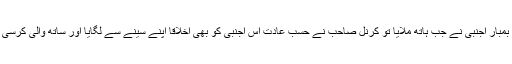
خود کش بمبار اجنبی نے جب ہاتھ ملایا تو کرنل صاحب نے حسب عادت اس اجنبی کو بھی اخلاقاً اپنے سینے سے لگایا اور ساتھ والی کرسی پر بٹھایا۔